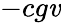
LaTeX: -cg\mathit{v}